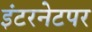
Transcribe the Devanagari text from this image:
इंटरनेटपर